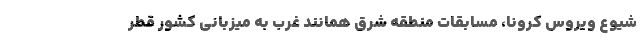
شیوع ویروس کرونا، مسابقات منطقه شرق همانند غرب به میزبانی کشور قطر